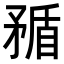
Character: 𥍿